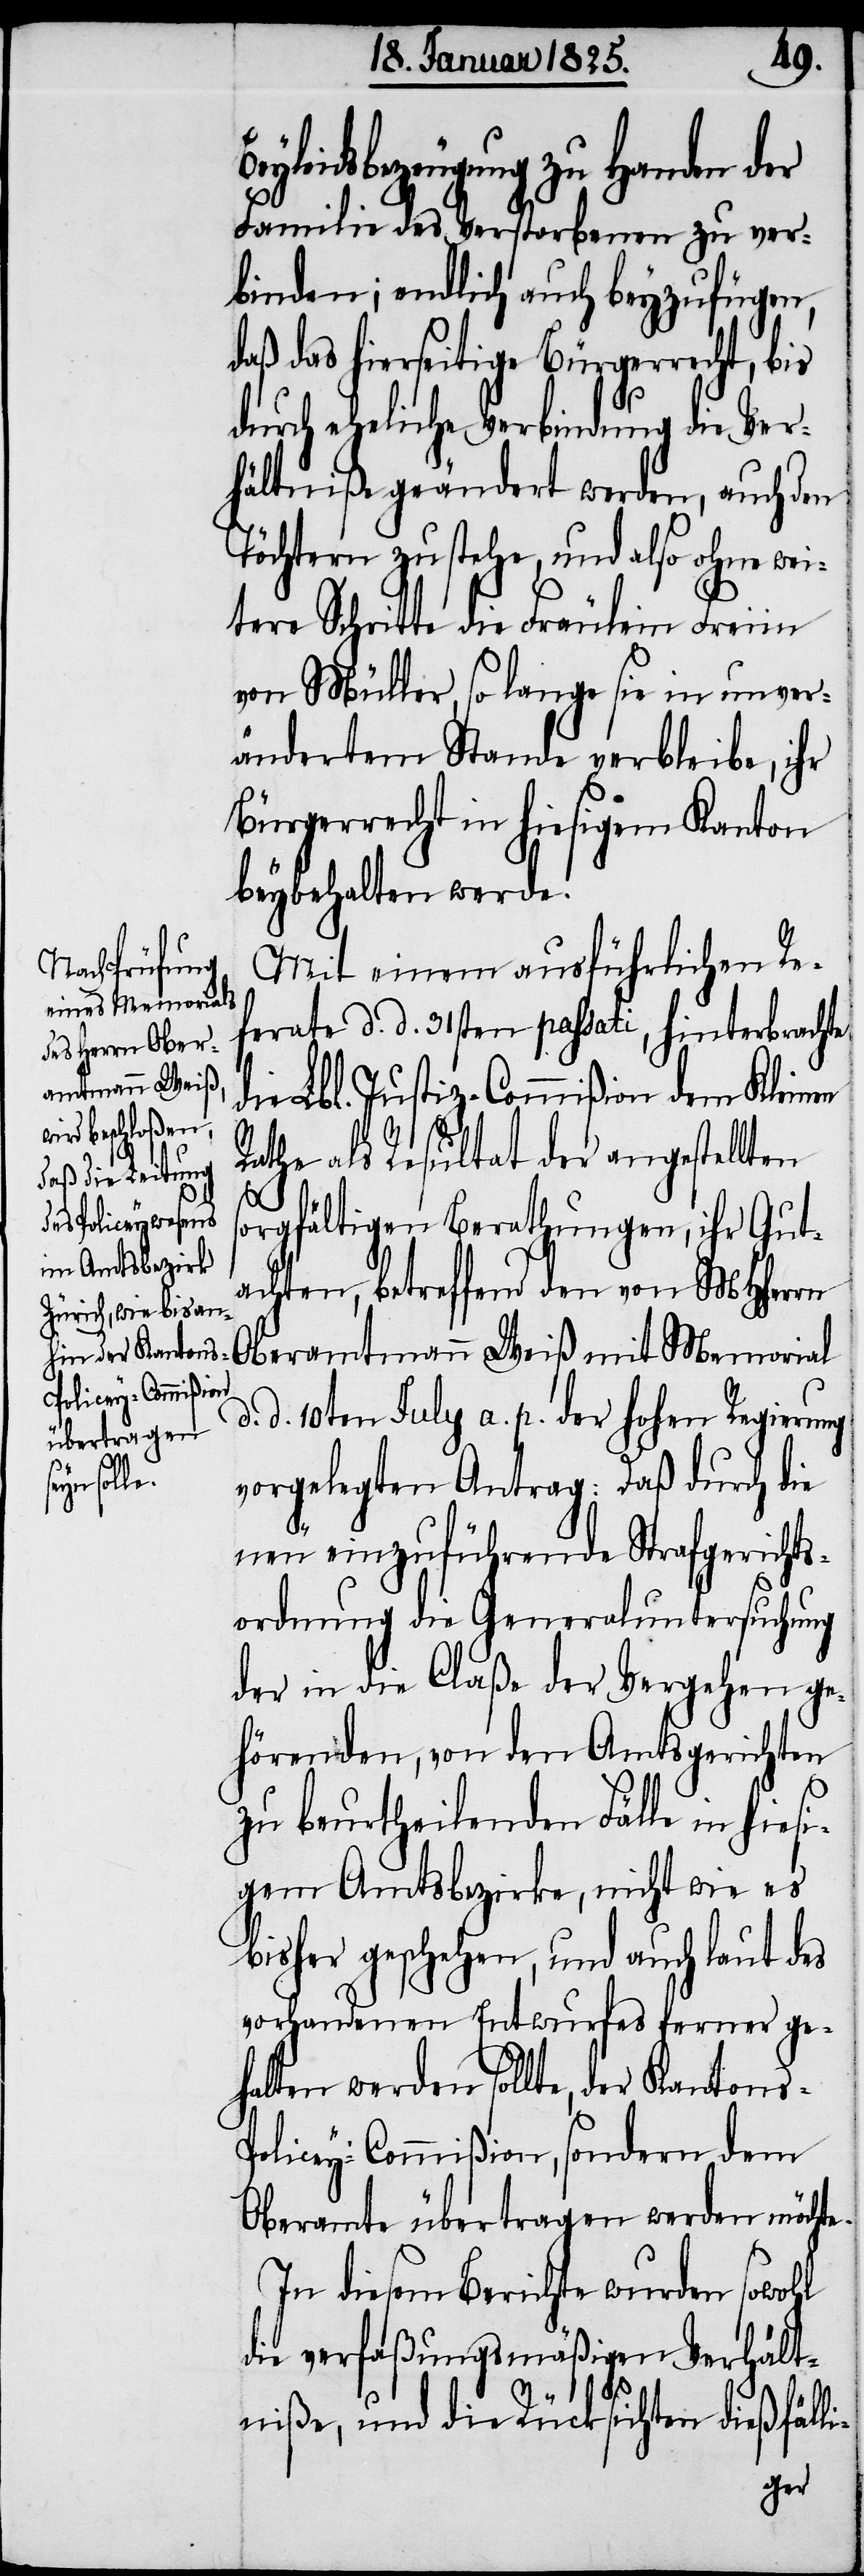
Begleitsbezeugung zu Handen der
Familie des Verstorbenen zu ver¬
binden; endlich auch beyzufügen,
daß das hierseitige Bürgerrecht, bis
durch eheliche Verbindung die Ver¬
hältniße geändert werden, auch den
Töchtern zustehe, und also ohne wei¬
tere Schritte die Fräulein Freiin
von Müller, so lange sie in unver¬
ändertem Stande verbleibe, ihr
Bürgerrecht in hiesigem Kanton
beybehalten werde.
d.
Mit einem ausführlichen Re¬
ferate d. d. 31sten passati, hinterbrachte
die Lbl. Justiz-Commißion dem Kleinen
Rathe als Resultat der angestellten
orgfältigen Berathungen, ihr Gut¬
achten, betreffend den von MHHerrn
Oberamtmann Weiß mit Memorial
d. 10ten July a. p. der hohen Regierung
vorgelegten Antrag: Daß durch die
neu einzuführende Strafgerichts¬
ordnung die Generaluntersuchung
der in die Claße der Vergehen ge¬
hörenden, von den Amtsgerichten
zu beurtheilenden Fälle in hiesi¬
gem Amtsbezirke, nicht wie es
bisher geschehen, und auch laut des
vorhandenen Entwurfes ferner ge¬
halten werden sollte, der Kantons-P¬
olicey-Commißion, sondern dem
Oberamte übertragen werden möchte.
In diesem Berichte wurden sowohl
die verfaßungsmäßigen Verhält¬
niße, und die Rücksichten, dießfäll-